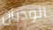
الوديان